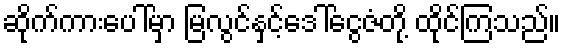
ဆိုက်ကားပေါ်မှာ မြလွင်နှင့်ဒေါ်ငွေဇံတို့ ထိုင်ကြသည်။